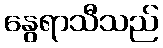
နွေရာသီသည်